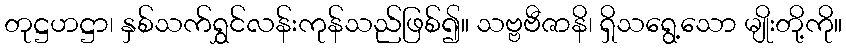
တုဋ္ဌဟဋ္ဌာ၊ နှစ်သက်ရွှင်လန်းကုန်သည်ဖြစ်၍။ သဗ္ဗဗီဇာနိ၊ ရှိသရွေ့သော မျိုးတို့ကို။